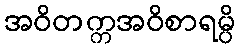
အဝိတက္ကအဝိစာရမ္ပိ